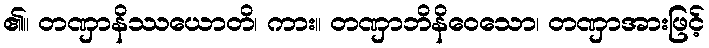
၏။ တဏှာနိဿယောတိ၊ ကား။ တဏှာဘိနိဝေသော၊ တဏှာအားဖြင့်